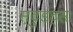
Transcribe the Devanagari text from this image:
स्टुडंट्‍स